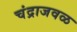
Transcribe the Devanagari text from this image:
चंद्राजवळ